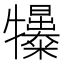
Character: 𤜌